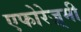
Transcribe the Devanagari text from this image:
एफोरेज़्मी